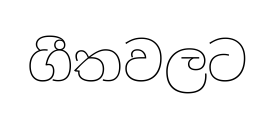
ගීතවලට